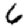
Digit: 6